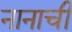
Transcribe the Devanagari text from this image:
नानाची